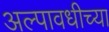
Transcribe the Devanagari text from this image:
अल्पावधीच्या